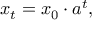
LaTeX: x _ { t } = x _ { 0 } \cdot a ^ { t } ,